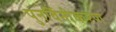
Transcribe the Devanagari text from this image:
पुनर्विनीकरण